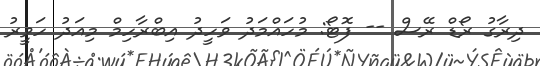
ދިރާގު ރޯޑް ރޭސް -- ފޮޓޯ: މުހައްމަދު ވަހީދު އިބްރާހިމް މިއަދު ހަވީރު